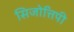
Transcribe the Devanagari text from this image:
सिजोत्तिपी